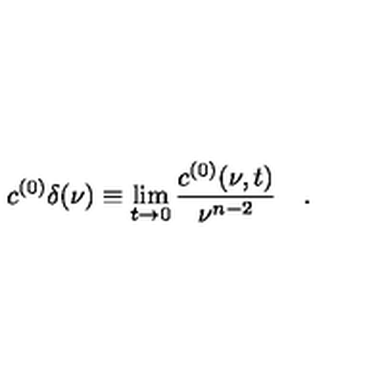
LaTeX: c ^ { ( 0 ) } \delta ( \nu ) \equiv \lim _ { t \to 0 } { \frac { c ^ { ( 0 ) } ( \nu , t ) } { \nu ^ { n - 2 } } } \quad .